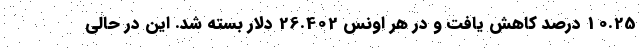
10.25 درصد کاهش یافت و در هر اونس 26.402 دلار بسته شد. این در حالی